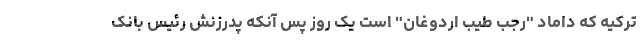
ترکیه که داماد "رجب طیب اردوغان" است یک روز پس آنکه پدرزنش رئیس بانک